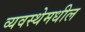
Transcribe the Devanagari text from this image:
व्यवस्थेमधील